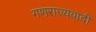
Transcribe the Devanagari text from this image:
गणराज्यवादी